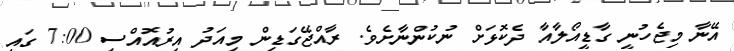
އޭނާ މިޖެހުނީ ގާޑީއޯލާއާ ދެކޮޅަށް ނުކުންނާށެވެ. ރާއްޖޭގަޑިން މިއަދު އިރުއޮއްސި 7:00 ގައި